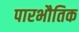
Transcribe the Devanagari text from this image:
पारभौतिक